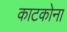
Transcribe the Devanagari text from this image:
काटकोना